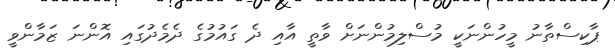
ޕާކިސްތާނު މީހުންނަކީ މުސްލިމުންނަށް ވާތީ އާއި ދެ ގައުމުގެ ދެމެދުގައި އޮންނަ ޒަމާންވީ